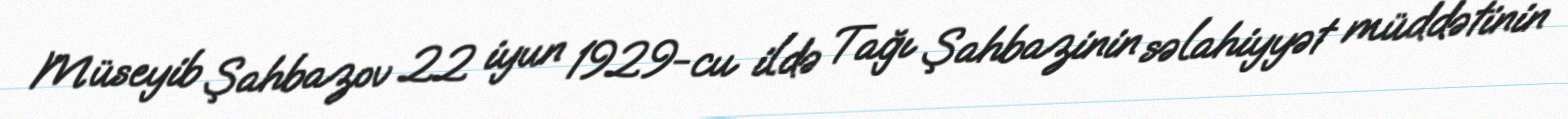
Müseyib Şahbazov 22 iyun 1929-cu ildə Tağı Şahbazinin səlahiyyət müddətinin